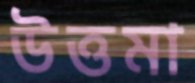
উত্তমা